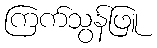
ကြက်သွန်ဖြူ